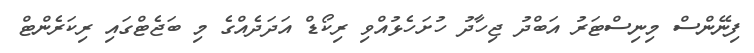
ފިނޭންސް މިނިސްޓަރު އަބްދު ޖިހާދު ހުށަހެޅުއްވި ރިކޯޑް އަދަދެއްގެ މި ބަޖެޓްގައި ރިކަރެންޓް